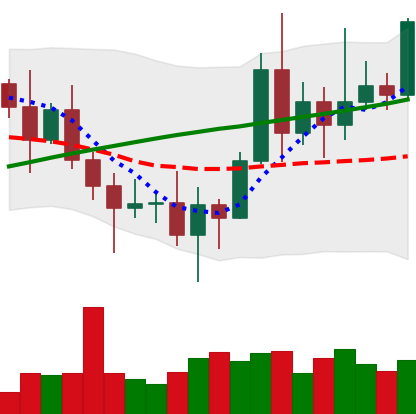
Ticker: XRP-USD
Chart end date: 2020-11-13
Forward return: 10.947%
Label: up_7plus